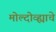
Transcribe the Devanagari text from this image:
मोल्दोव्ह्याचे